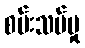
စမ်းသပ်မှု